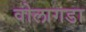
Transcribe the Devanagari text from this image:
वोलागडा